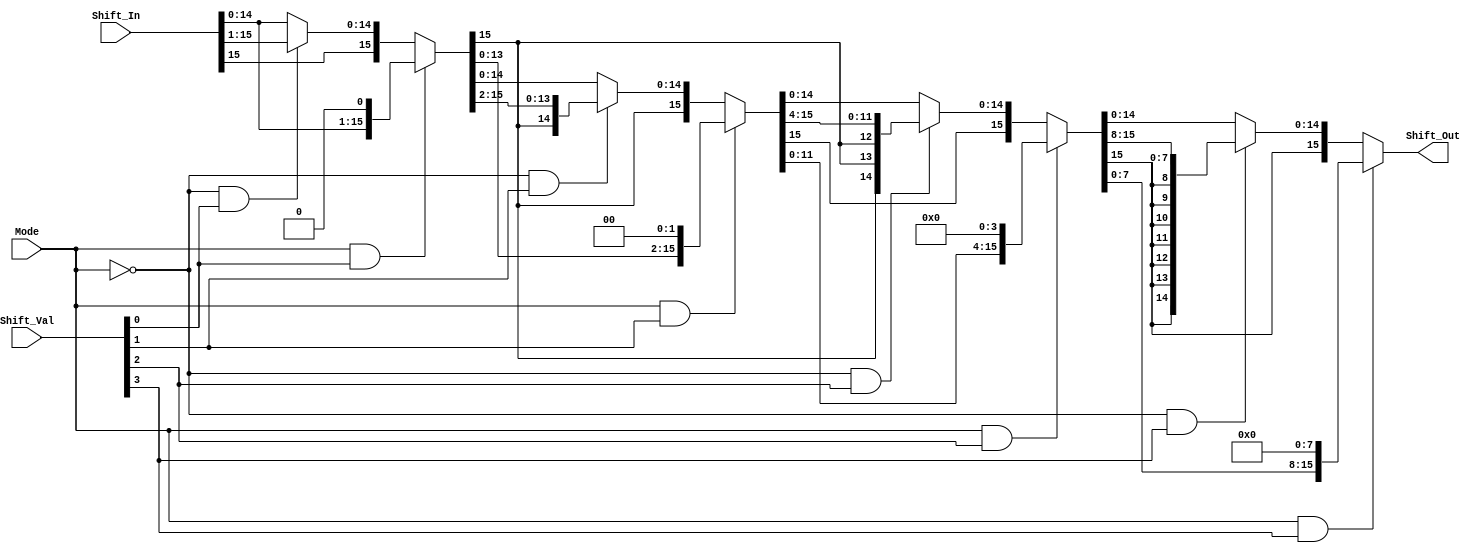

module Shifter(Shift_Out, Shift_In, Shift_Val, Mode);

input [15:0] Shift_In;
input [3:0] Shift_Val;
input Mode;
output [15:0] Shift_Out;

wire [15:0] inter1, inter2, inter3;

//mode 1 => SLL ; mode 0 => SRA

assign inter1 = (Mode & Shift_Val[0]) ? {Shift_In[14:0], 1'b0} : (~Mode & Shift_Val[0]) ? {Shift_In[15], Shift_In[15:1]} : Shift_In;

assign inter2 = (Mode & Shift_Val[1]) ? {inter1[13:0], 2'b0} : (~Mode & Shift_Val[1]) ? {inter1[15], inter1[15], inter1[15:2]} : inter1;

assign inter3 = (Mode & Shift_Val[2]) ? {inter2[11:0], 4'b0} : (~Mode & Shift_Val[2]) ? {inter2[15], inter1[15], inter1[15], inter1[15], inter2[15:4]} : inter2; 

assign Shift_Out = (Mode & Shift_Val[3]) ? {inter3[7:0], 8'b0} : (~Mode & Shift_Val[3]) ? {inter3[15], inter3[15], inter3[15], inter3[15], 
							inter3[15], inter3[15], inter3[15], inter3[15], inter3[15:8]} : inter3;

endmodule